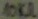
Text: 10KΩ